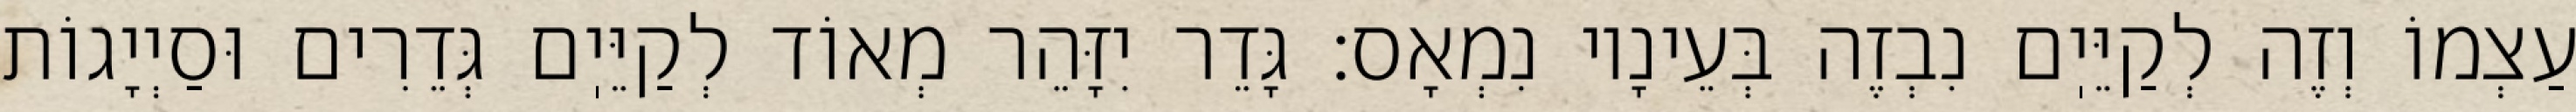
עַצְמוֹ וְזֶה לְקַיֵּיֽם נִבְזֶה בְּעֵינָיו נִמְאָס: גָּדֵר יִזָּהֵר מְאוֹד לְקַיֵּיֽם גְּדֵרִים וּסַיְיָגוֹת